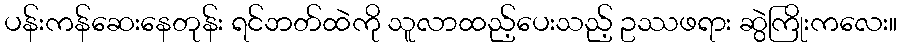
ပန်းကန်ဆေးနေတုန်း ရင်ဘတ်ထဲကို သူလာထည့်ပေးသည့် ဥဿဖရား ဆွဲကြိုးကလေး။